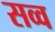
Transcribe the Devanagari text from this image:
सव्व